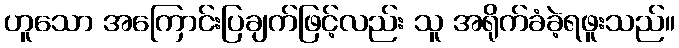
ဟူသော အကြောင်းပြချက်ဖြင့်လည်း သူ အရိုက်ခံခဲ့ရဖူးသည်။